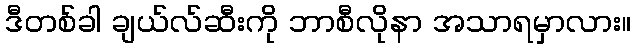
ဒီတစ်ခါ ချယ်လ်ဆီးကို ဘာစီလိုနာ အသာရမှာလား။